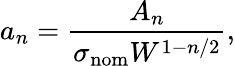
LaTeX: a_{n}=\frac{A_{n}}{\sigma_{\mathrm{nom}}W^{1-n/2}},